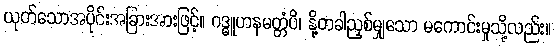
ယုတ်သောအပိုင်းအခြားအားဖြင့်။ ဂဒ္ဓူဟနမတ္တံပိ၊ နို့တခါညှစ်မျှသော မကောင်းမှုသို့လည်း။